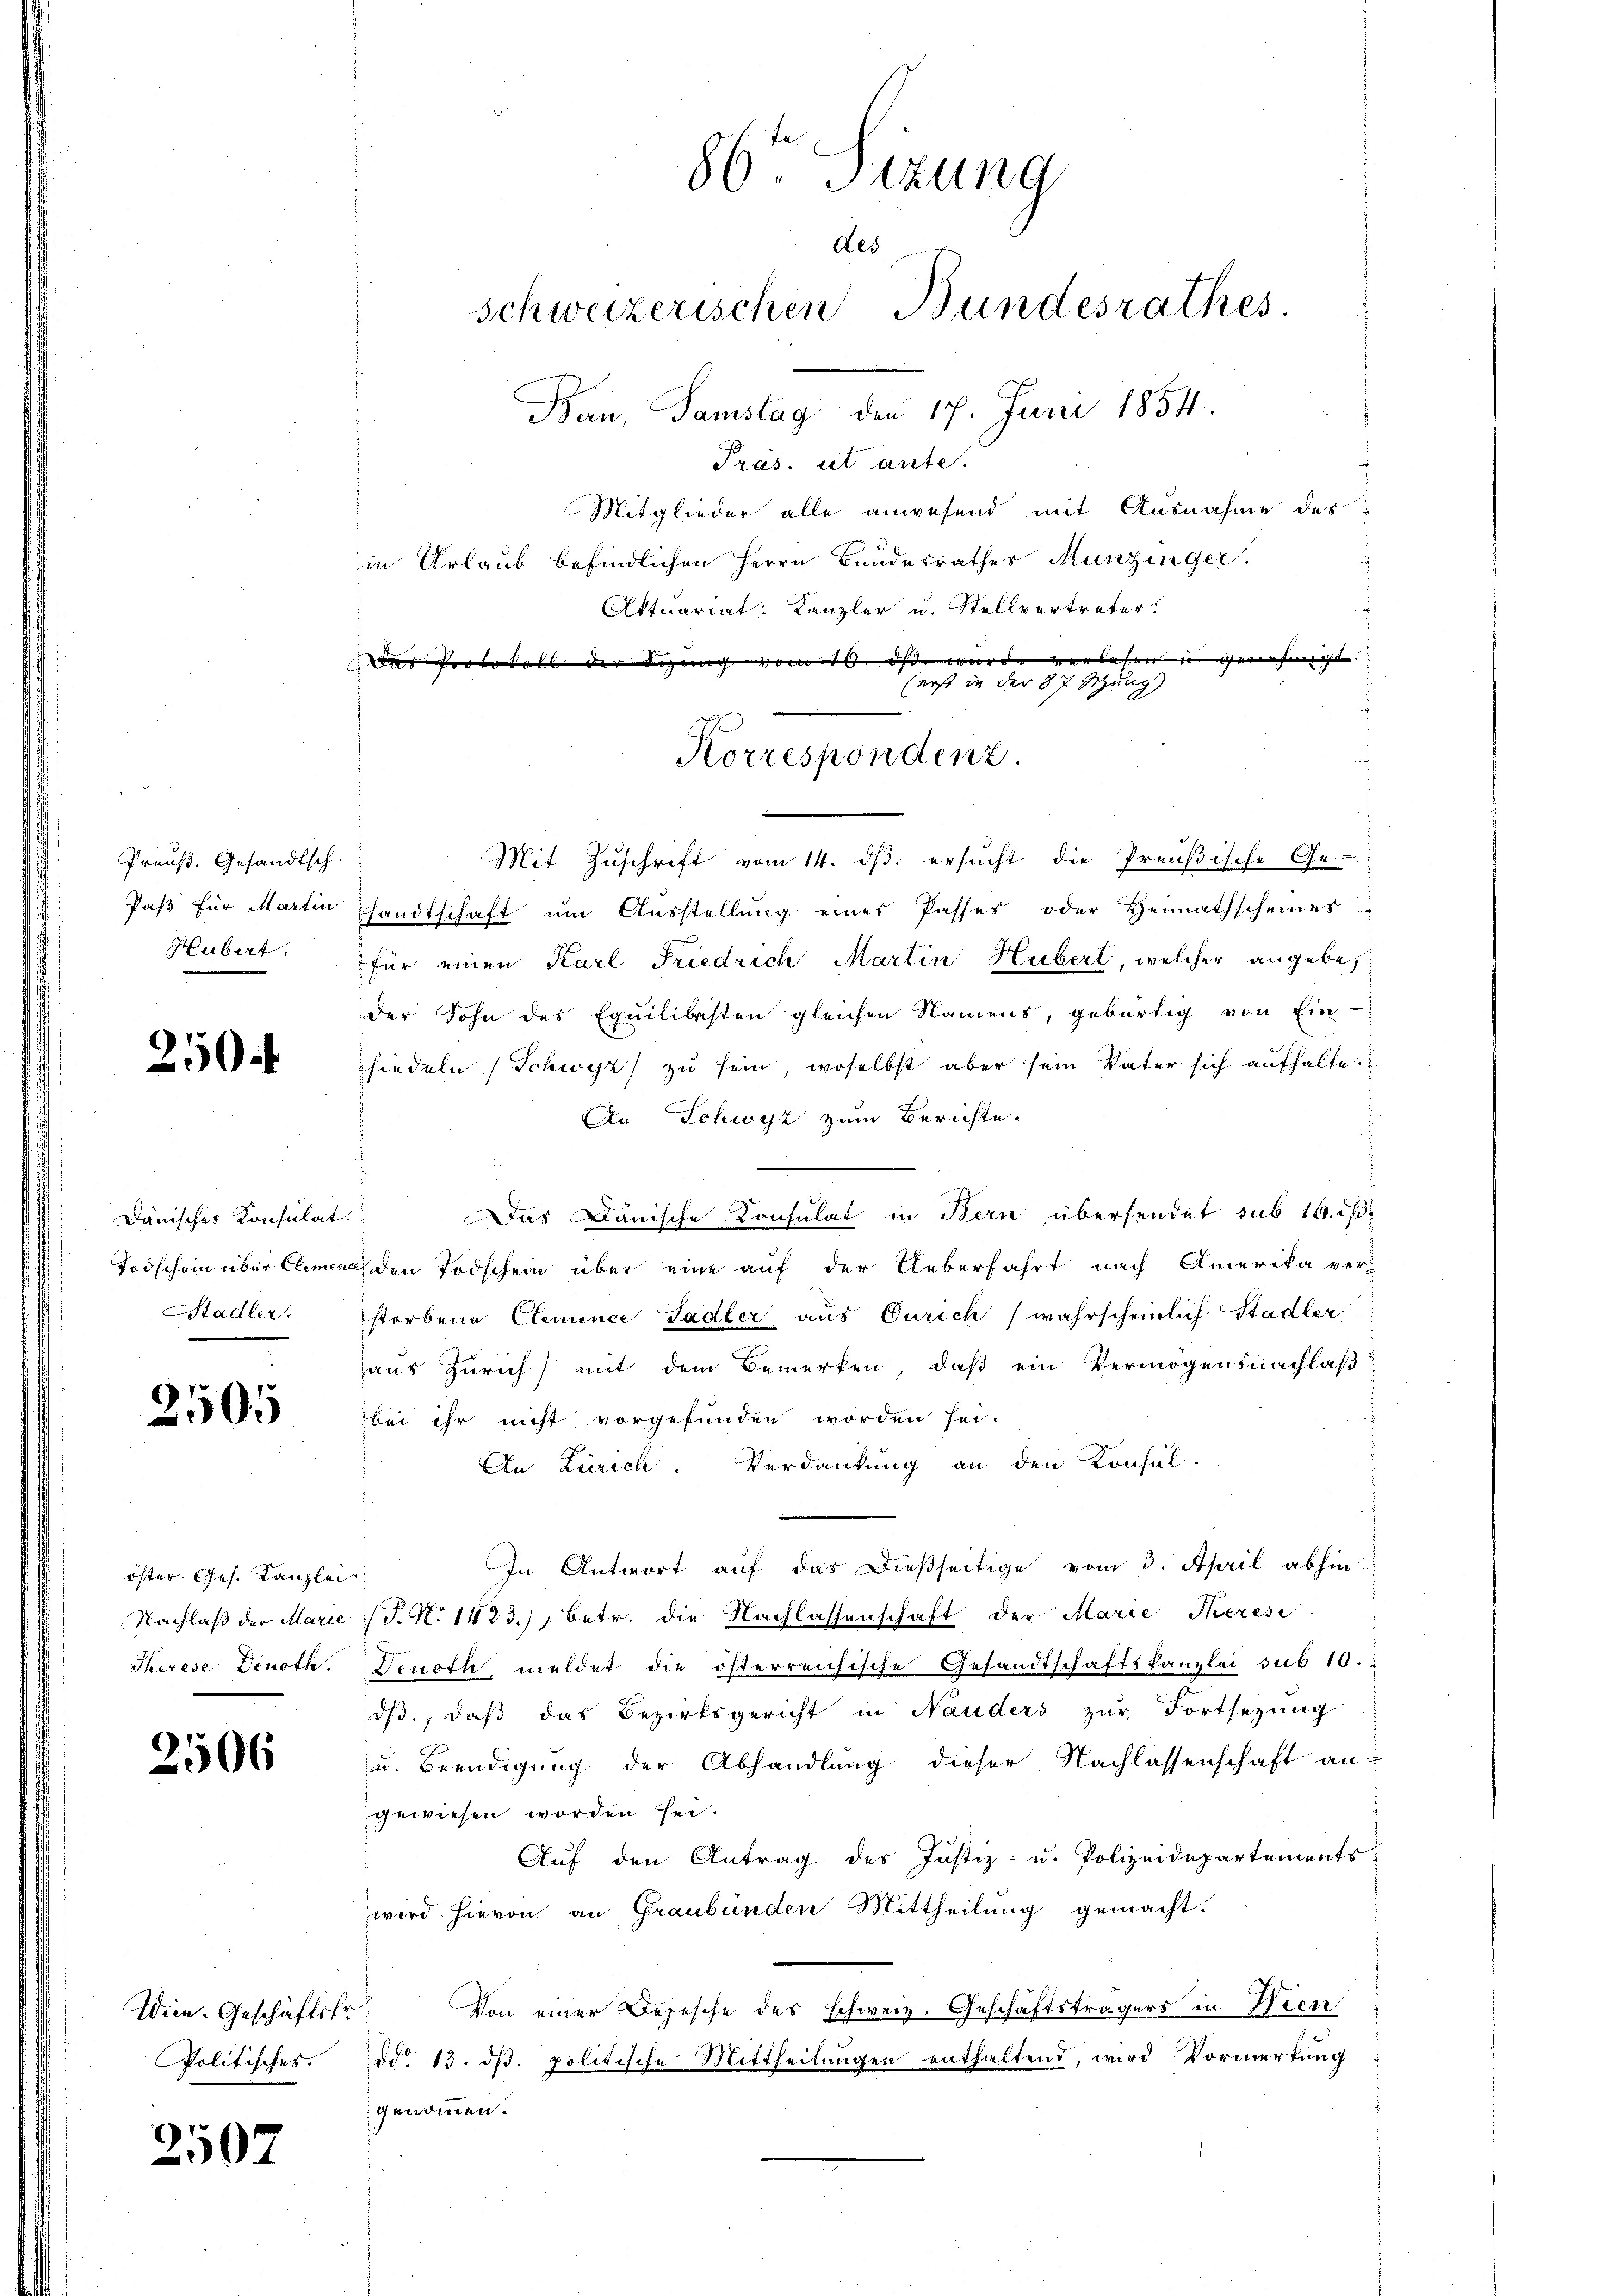
Preuß. Gesandtsch.
Hubert.

250.

Dänisches Konsulat

2505

öster. Ges. Kanzlei
Nachlaß der Marie
Therese Denoth.

2506

Wein. Geschäftsfr.
Politisches.

2507

86ten Sizung
des
Schweizerischen Bundesrathes
Ban, Samstag 17. Juni 18514.
Präs. ut ante.
Mitglieder alle anwesend mit Ausnahme des
in Urlaub befindlichen Herrn Bundesrathes Munzinger.
Attuariat Kanzler u. Stellvertreter.

der Beging vom ist wurde verlesen u genehmigt. |
(erst in der 87 Setzung)

Korrespondenz.

Mit Zuschrift vom 14. ds. ersucht die Preußische Ge-
Paß für Martin handtschaft um Ausstellung eines Passes oder Heimathscheines
für einen Karl Friedrich Martin Hubert, welcher angebe,
der Sohn des Equilibesten gleichen Namens, gebürtig von Ein-
hiedeln (Schwyz zu sein, woselbst aber sein Vater sich aufhalte.
An Schwyz zum Berichte.
Das Dänische Consulat in Bern übersendet sub 16. dß.
Todschein über Elemend den Todschein über eine auf der Ueberfahrt nach Amerika ver-
Stadler. storbene Clemence Ladler aus Curich (wahrscheinlich Stadlen
haus Zürich) mit dem Bemerken, daß ein Vermögensnachlaß
bei ihr nicht vorgefunden worden sei.
An Zürich. Verdankung an den Konsul-
In Antwort auf das dießseitige vom 3. April abhin-
 No 1433), betr. die Nachlassenschaft der Marie Theresi
Denoth meldet die österreichische Gesandtschaftskanzlei sub 10.
dß, daß das Bezirksgericht in Nauders zur Fortsezung
u. Beendigung der Abhandlung dieser Nachlassenschaft an-
gewiesen worden sei.
Auf den Antrag des Justiz- u. Polizeidepartements
wird hievon an Graubünden Mittheilung gemacht.
Von einer Depesche des Schweiz. Geschäftsträgers in Wien
ddo 13. dβ. politische Mittheilungen enthaltend, wird Vormerkung
genommen.